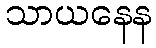
သာယနေန